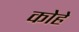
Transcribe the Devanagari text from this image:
कोहे